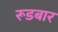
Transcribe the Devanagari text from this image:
रूडबार